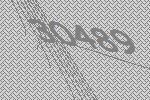
30489